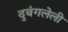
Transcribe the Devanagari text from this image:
दुबंगलेली